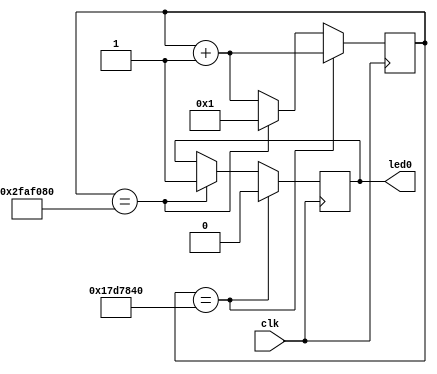
`timescale 1ns / 1ps
//////////////////////////////////////////////////////////////////////////////////
// Company: 
// Engineer: 
// 
// Design Name: 
// Module Name:    blinking_led 
// Project Name: 
// Target Devices: 
// Tool versions: 
// Description: 
//
// Dependencies: 
//
// Revision: 
// Revision 0.01 - File Created
// Additional Comments: 
//
//////////////////////////////////////////////////////////////////////////////////

`define OFF_TIME 25000000
`define ON_TIME (`OFF_TIME*2)
module blinking_led(clk,led0);
input clk;
output led0;
reg led0;
reg [31:0]counter;
initial counter = 0;
//initial led0=0;
always@(posedge clk)
begin

if(counter==`OFF_TIME) begin
counter<=counter+1;
led0<=0;
end
else if(counter==`ON_TIME) begin
led0<=1;
counter<=1;
end
else begin
counter<=counter+1;
end
end
endmodule